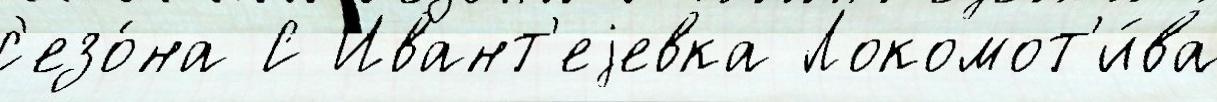
с'езо́на С Ивант'еjевка Локомот'и́ва